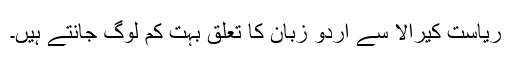
ریاست کیرالا سے اُردو زبان کا تعلق بہت کم لوگ جانتے ہیں۔